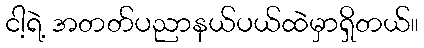
ငါ့ရဲ့ အတတ်ပညာနယ်ပယ်ထဲမှာရှိတယ်။